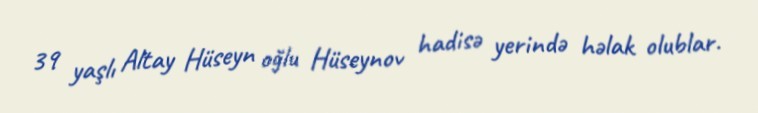
39 yaşlı Altay Hüseyn oğlu Hüseynov hadisə yerində həlak olublar.